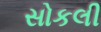
સોકલી